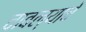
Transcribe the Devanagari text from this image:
चावल्याचे